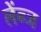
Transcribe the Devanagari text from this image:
लेंन्ज